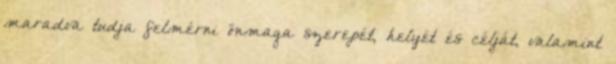
maradva tudja felmérni önmaga szerepét, helyét és célját, valamint